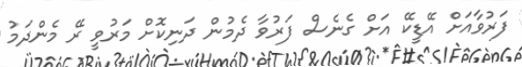
ފަރުވާއަށް އޭޑީކޭ އަށް ގެނެސް ފަރުވާ ދެމުން ދަނިކޮށް މަރުވީ ރޭ މެންދަމު